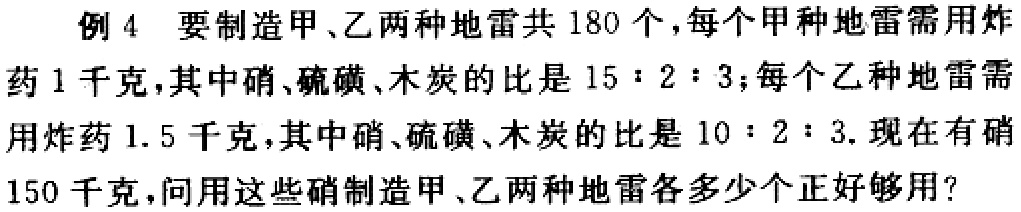
例4 要制造甲、乙两种地雷共180个，每个甲种地雷需用炸药1千克，其中硝、硫磺、木炭的比是15∶2∶3；每个乙种地雷需用炸药1.5千克，其中硝、硫磺、木炭的比是10∶2∶3. 现在有硝150千克，问用这些硝制造甲、乙两种地雷各多少个正好够用？